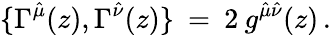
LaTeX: \{ \Gamma^{\hat{\mu}}(z),\Gamma^{\hat{\nu}}(z)\} \: =\: 2\: g^{\hat{\mu}\hat{\nu}}(z)\, .